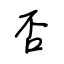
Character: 否